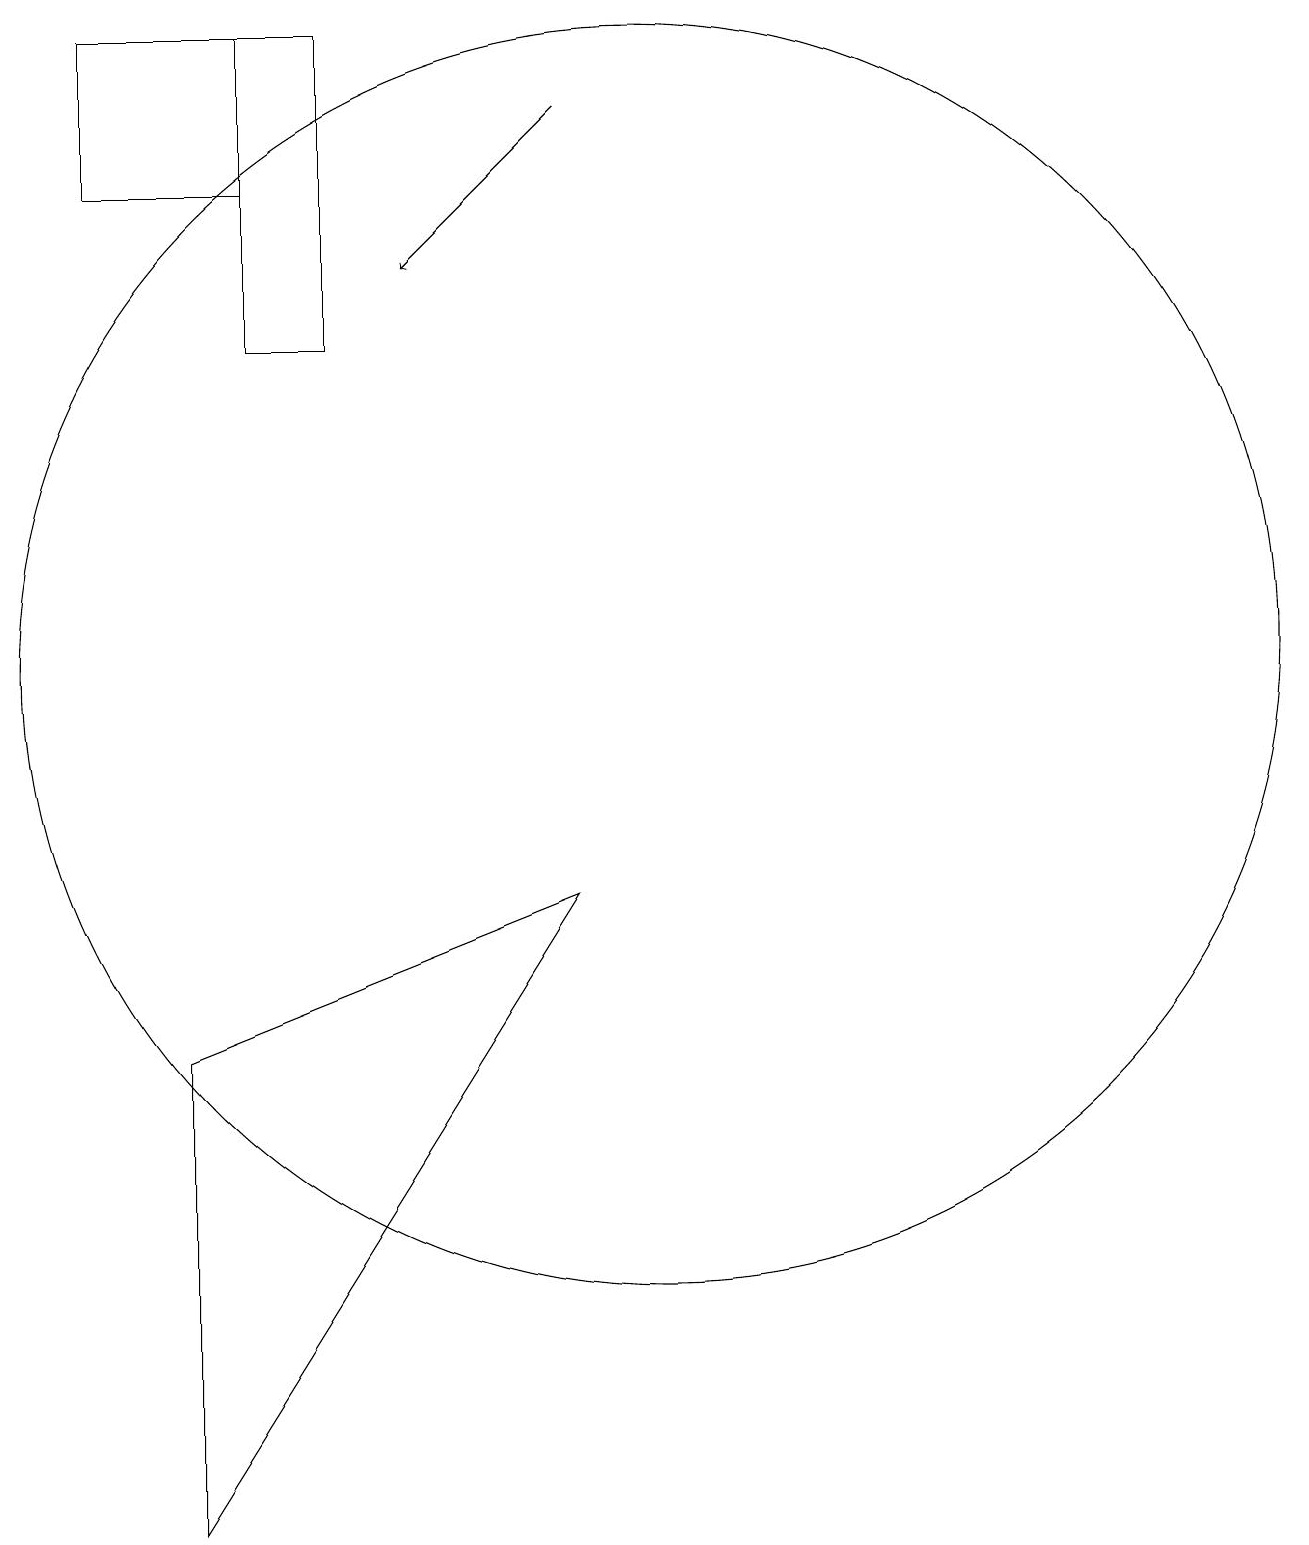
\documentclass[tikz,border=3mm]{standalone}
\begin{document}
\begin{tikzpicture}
\draw (5,19) rectangle (6,15);
\draw[->] (9,18) -- (7,16);
\draw (5,19) rectangle (3,17);
\draw (4,6) -- (4,0) -- (9,8) -- cycle;
\draw (10,11) circle (8);
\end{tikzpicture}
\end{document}